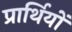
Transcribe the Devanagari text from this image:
प्रार्थियों